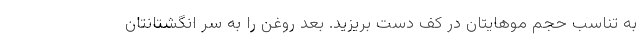
به تناسب حجم موهایتان در کف دست بریزید. بعد روغن را به سر انگشتانتان